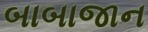
બાબાજાન